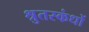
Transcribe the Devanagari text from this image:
श्रुतस्कंधों